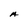
Character: A